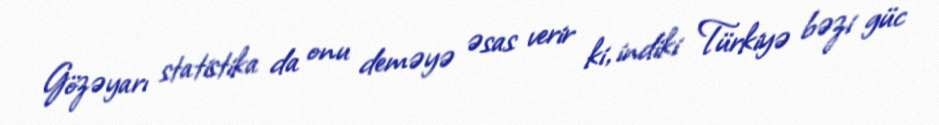
Gözəyarı statistika da onu deməyə əsas verir ki, indiki Türkiyə bəzi güc